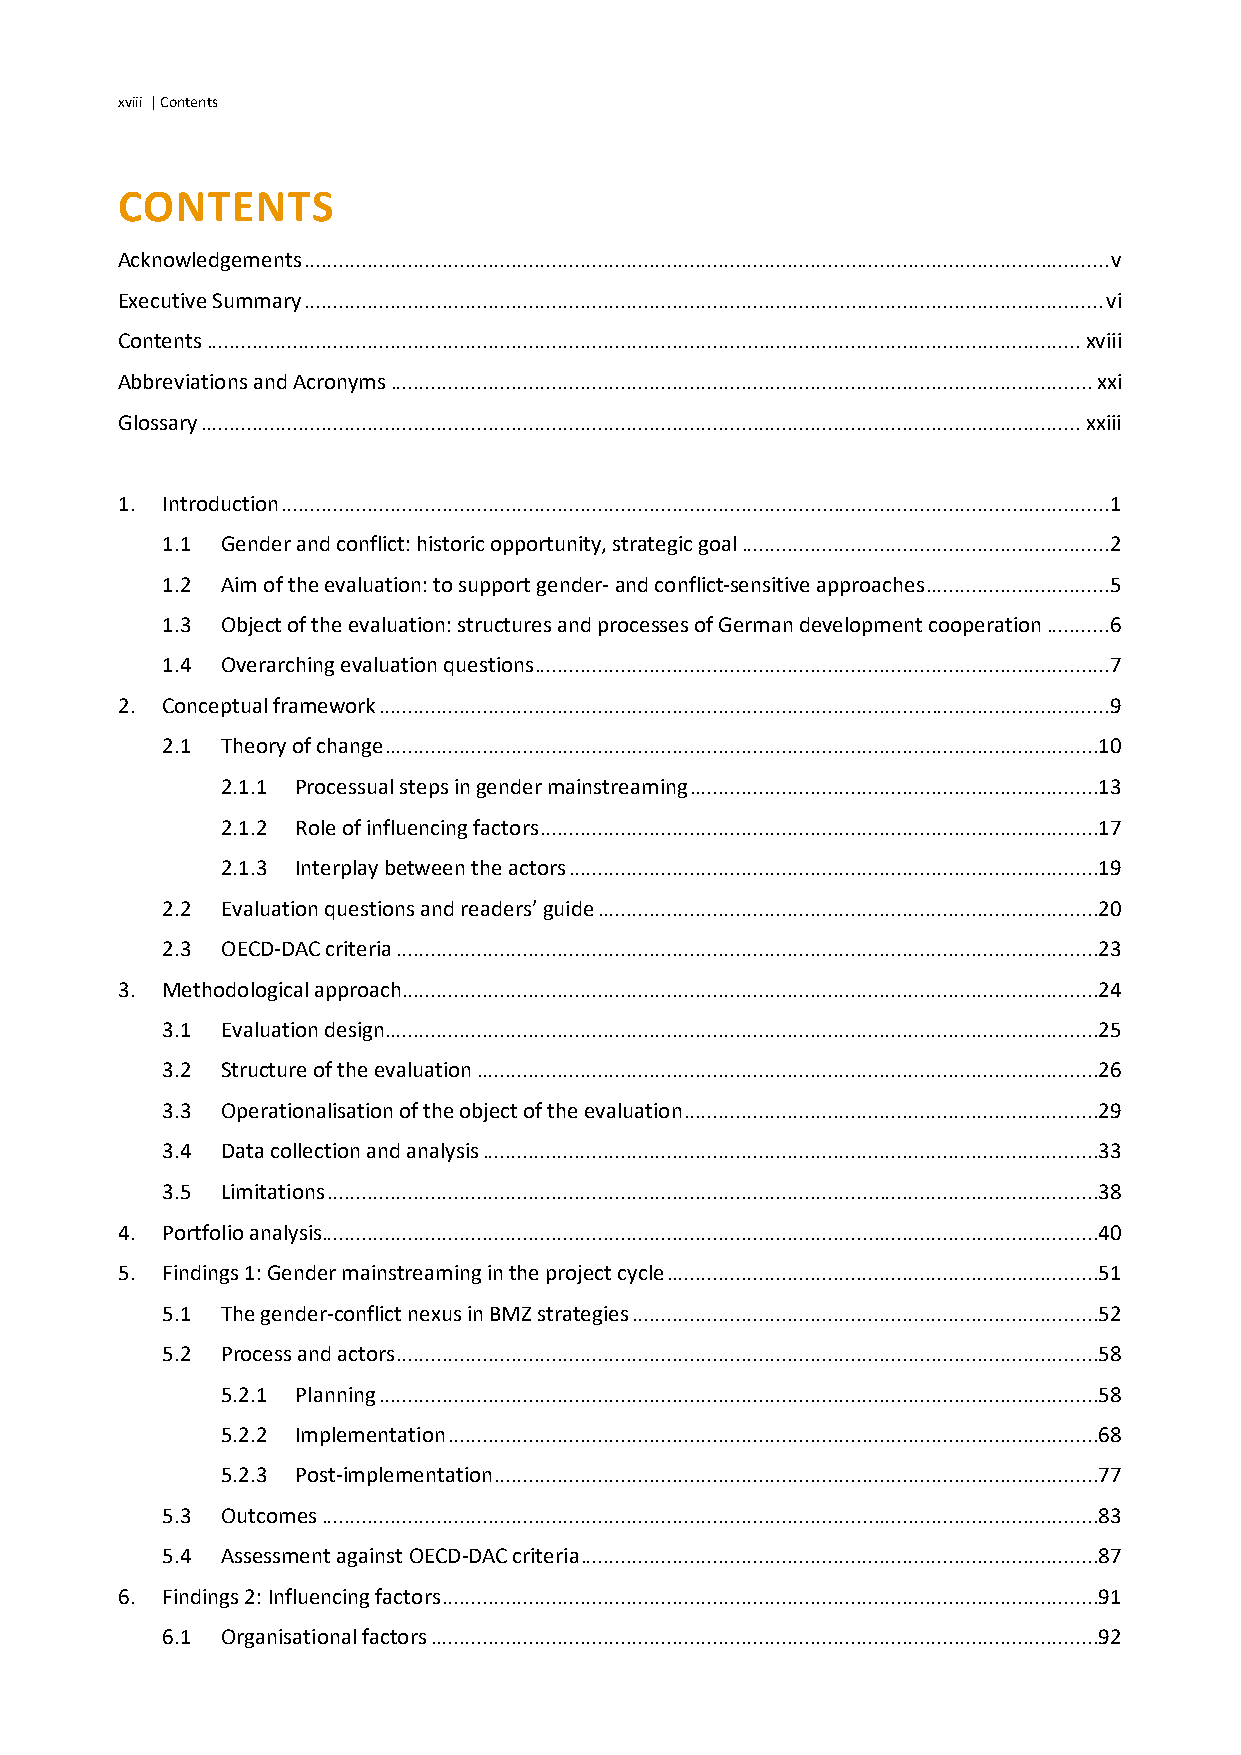
xviii | Contents
 CONTENTS
 Acknowledgements ............................................................................................................................................ v
 Executive Summary ........................................................................................................................................... vi
 Contents ........................................................................................................................................................ xviii
 Abbreviations and Acronyms .......................................................................................................................... xxi
 Glossary ......................................................................................................................................................... xxiii
 1. Introduction ................................................................................................................................................ 1
 1.1 Gender and conflict: historic opportunity, strategic goal ................................................................ 2
 1.2 Aim of the evaluation: to support gender- and conflict-sensitive approaches ................................ 5
 1.3 Object of the evaluation: structures and processes of German development cooperation ........... 6
 1.4 Overarching evaluation questions .................................................................................................... 7
 2. Conceptual framework ............................................................................................................................... 9
 2.1 Theory of change ............................................................................................................................10
 2.1.1 Processual steps in gender mainstreaming .......................................................................13
 2.1.2 Role of influencing factors .................................................................................................17
 2.1.3 Interplay between the actors ............................................................................................19
 2.2 Evaluation questions and readers’ guide .......................................................................................20
 2.3 OECD-DAC criteria ..........................................................................................................................23
 3. Methodological approach .........................................................................................................................24
 3.1 Evaluation design............................................................................................................................25
 3.2 Structure of the evaluation ............................................................................................................26
 3.3 Operationalisation of the object of the evaluation ........................................................................29
 3.4 Data collection and analysis ...........................................................................................................33
 3.5 Limitations ......................................................................................................................................38
 4. Portfolio analysis.......................................................................................................................................40
 5. Findings 1: Gender mainstreaming in the project cycle ...........................................................................51
 5.1 The gender-conflict nexus in BMZ strategies .................................................................................52
 5.2 Process and actors ..........................................................................................................................58
 5.2.1 Planning .............................................................................................................................58
 5.2.2 Implementation .................................................................................................................68
 5.2.3 Post-implementation .........................................................................................................77
 5.3 Outcomes .......................................................................................................................................83
 5.4 Assessment against OECD-DAC criteria ..........................................................................................87
 6. Findings 2: Influencing factors ..................................................................................................................91
 6.1 Organisational factors ....................................................................................................................92